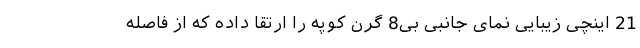
21 اینچی زیبایی نمای جانبی بی8 گرن کوپه را ارتقا داده که از فاصله